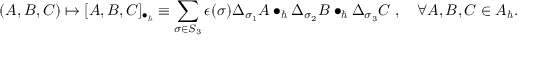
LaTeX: ( A , B , C ) \mapsto [ A , B , C ] _ { \bullet _ { \hbar } } \equiv \sum _ { \sigma \in S _ { 3 } } \epsilon ( \sigma ) \Delta _ { \sigma _ { 1 } } A \bullet _ { \hbar } \Delta _ { \sigma _ { 2 } } B \bullet _ { \hbar } \Delta _ { \sigma _ { 3 } } C \; , \quad \forall A , B , C \in { \cal A } _ { \hbar } .